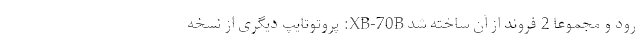
رود و مجموعا 2 فروند از آن ساخته شد XB-70B: پروتوتایپ دیگری از نسخه